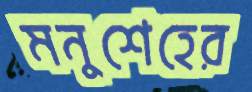
মনুশেহের